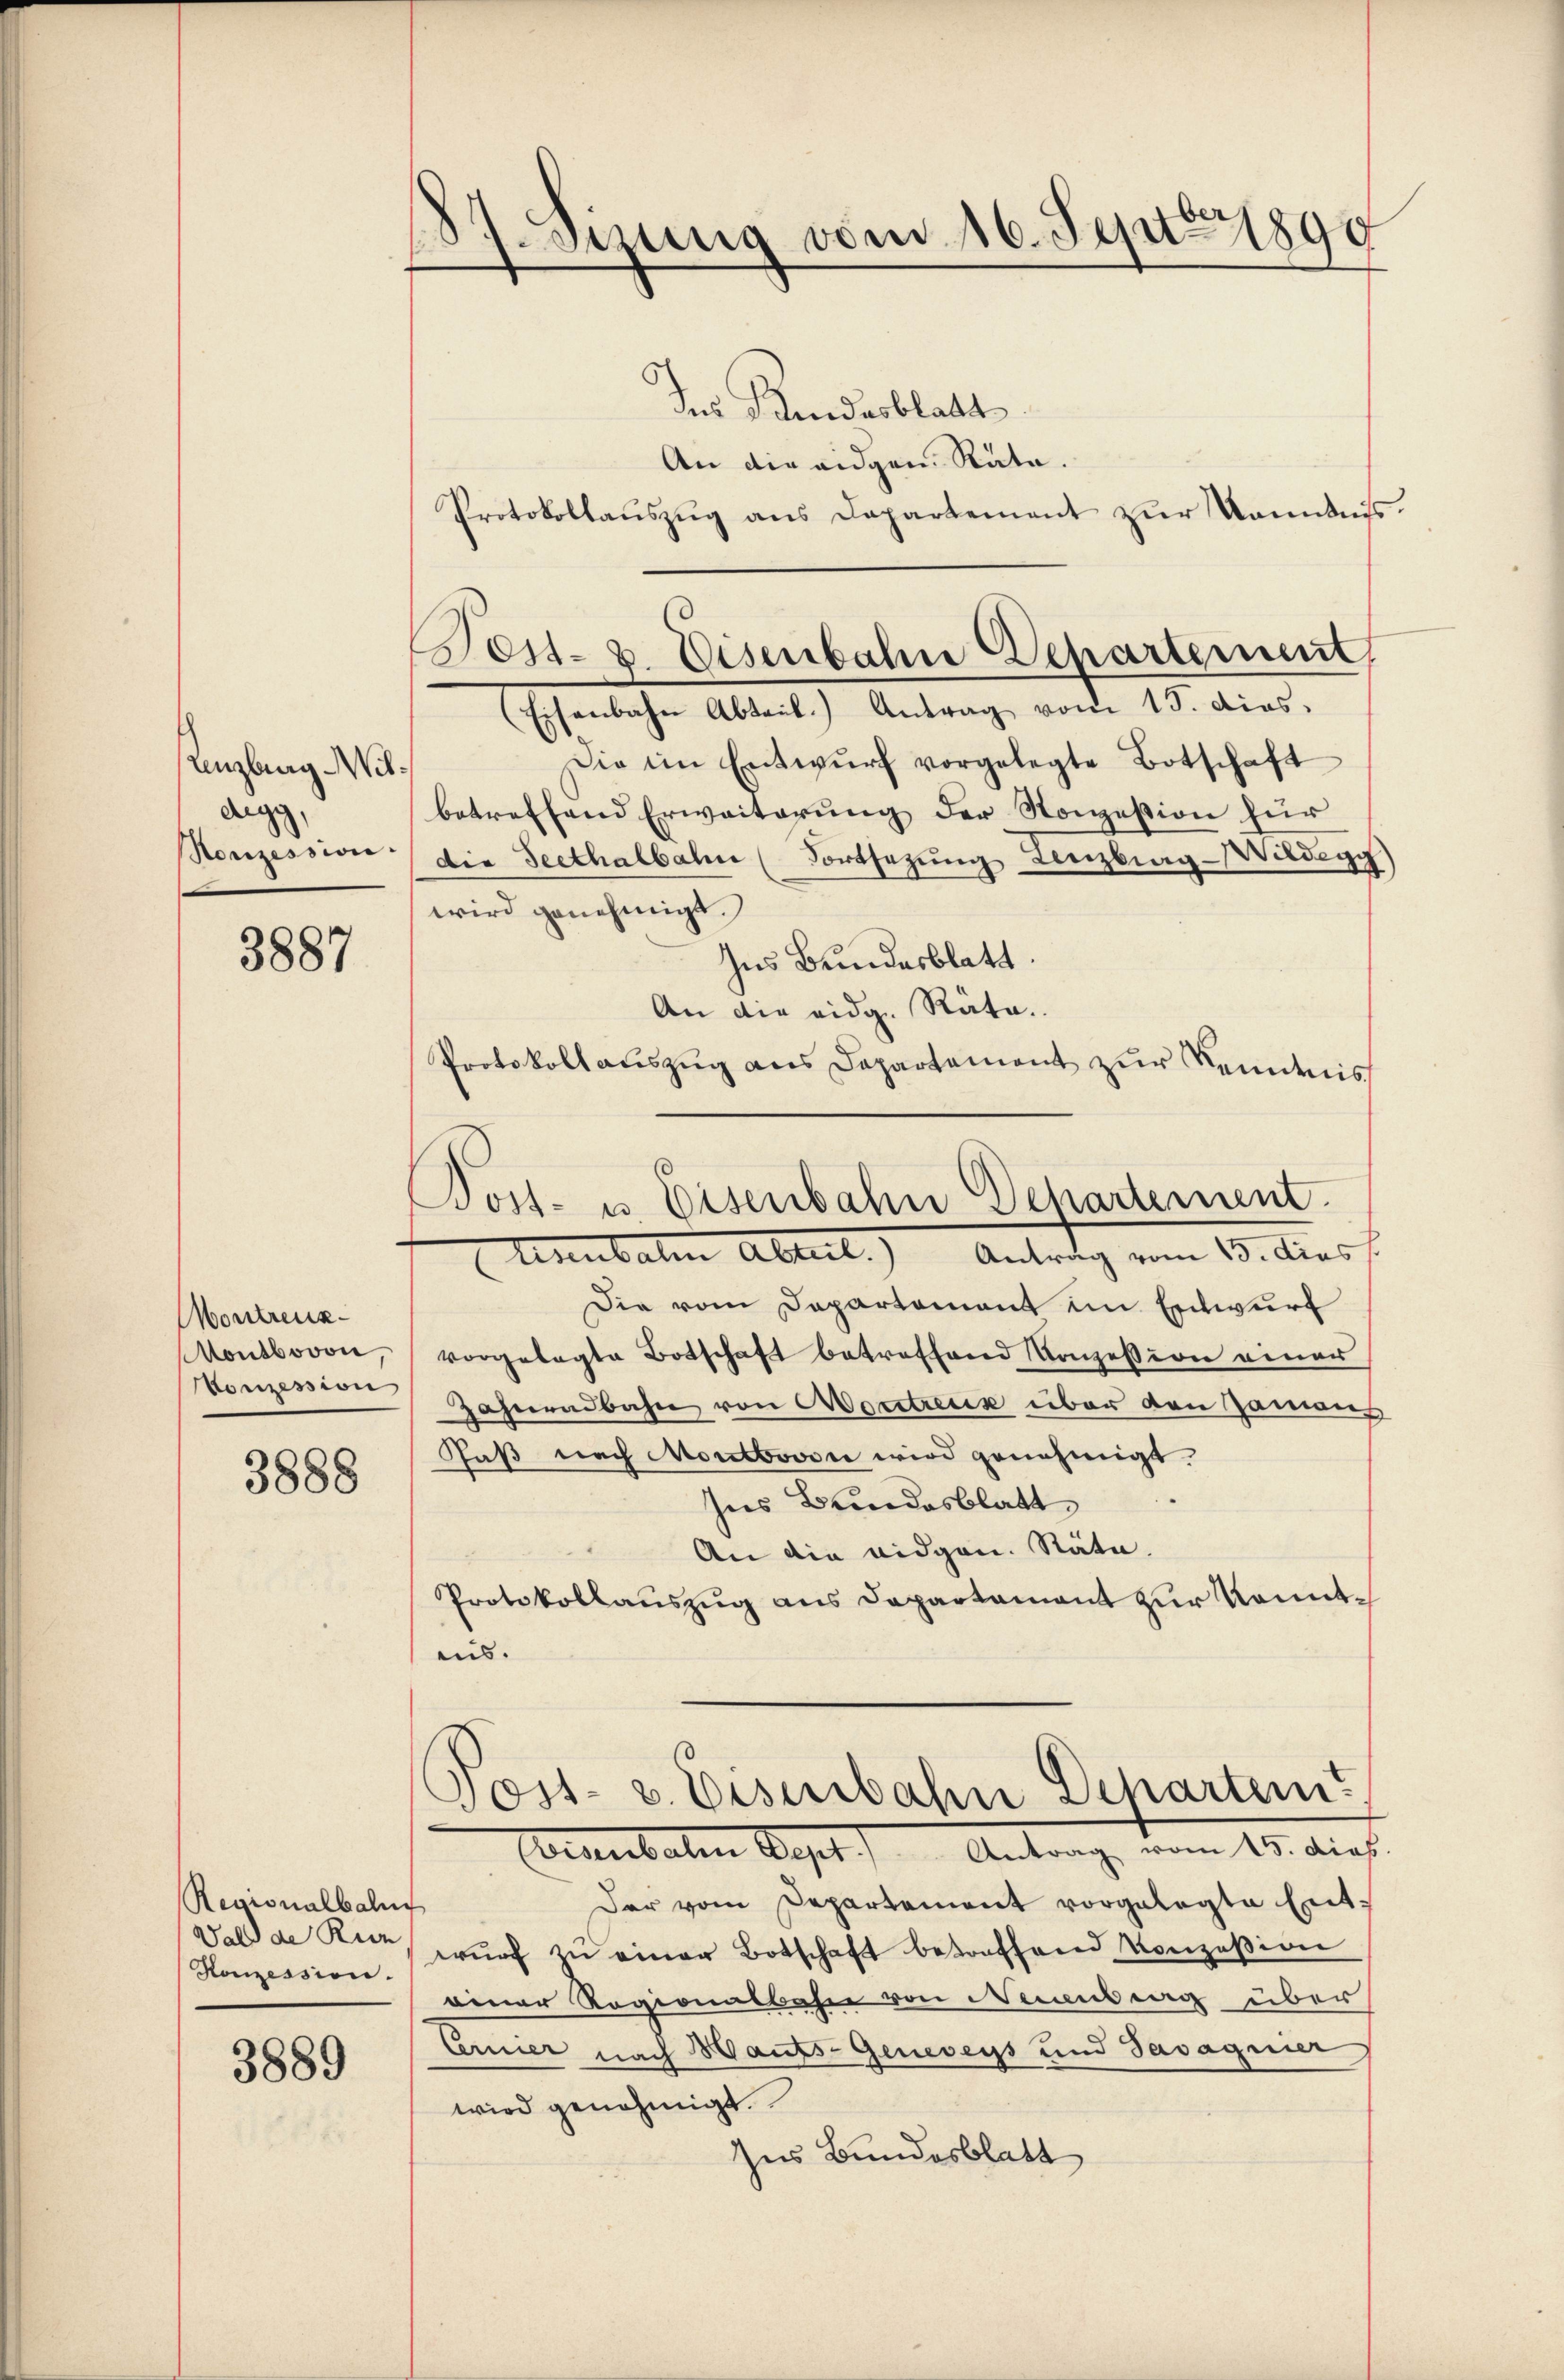
Kinzling Wilaugg,
Ronzession.

3887

Montreux.
Montbovon
Vonzession

3888

Regionalbahn
Wald de Rin
Honzession.

3889

87. Sizung vom 16. Sept 1890

des Kindesblatt
An die eidgen. Räte.
Protokollaŭszŭg ans Departement zur Kenntnis.
(Eisenbahn Abteil. Antrag vom 15. dies.
Die im Entwŭrf vorgelegte Botschaft
betreffend Erweiterŭng der Konzession für
die Seethalbahn (Fortsetzŭng Lenzburg-Wildegg)
wird genehmigt.
Ins Bundesblatt.
An die eidg. Räte.
Protokollauszug aus Departement zur Kenntnis
Post- u. Eisenbahn Departement.
Anubaten Ableit.) Antrag am 9. Auss
Die vom Departament im Entwurf
vorgelegte Botschaft betreffend Konzession einer
Zahnradbahn von Wortreux über den Zamus
Faß nach Montbovon wird genehmigt.
Ins Bundesblatt
An die eidgen. Stäte.
Protokollauszug aus Departament zur Kenntais.

Tes- u. Eisenbahn Departement

Tost- u. Eisenbahn Departem

Emanaten Capel Antrage vom 15. dies
Der vom Departement vorgelegte Ent¬
¬
wŭrf zŭ einer Botschaft betreffend Konzesion
einer Regionalbahn von Neuenburg über
Ernier nach aufs- Geneveys und Tasagier
wird genehmigt.
Ins Bundesblatt